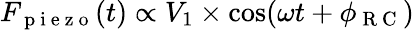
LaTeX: F_{\mathrm{~p~i~e~z~o~}}(t)\propto V_{1}\times\cos(\omega t+\phi_{\mathrm{~R~C~}})